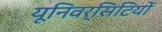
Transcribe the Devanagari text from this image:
यूनिवर्सिटियों